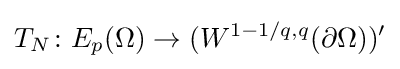
T_{N}\colon E_{p}(\Omega )\to (W^{1-1/q,q}(\partial \Omega ))'